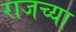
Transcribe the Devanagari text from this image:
राजच्या